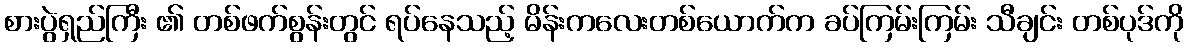
စားပွဲရှည်ကြီး ၏ တစ်ဖက်စွန်းတွင် ရပ်နေသည့် မိန်းကလေးတစ်ယောက်က ခပ်ကြမ်းကြမ်း သီချင်း တစ်ပုဒ်ကို